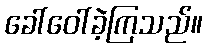
ခေါ်ဝေါ်ခဲ့ကြသည်။